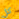
كل